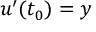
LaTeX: u ^ { \prime } ( t _ { 0 } ) = y